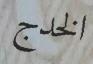
الخدج